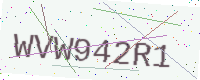
Text: WVW942R1